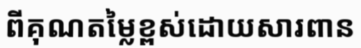
ពីគុណតម្លៃខ្ពស់ដោយសារពាន